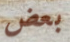
بعض